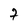
Character: 7